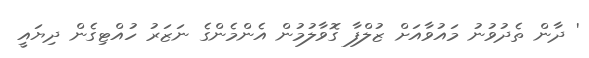
' ދާން ތެދުވުނު މައުވާއަށް ޒުލްފާ ގޮވާލުމުން އެންމެންގެ ނަޒަރު ހުއްޓިގެން ދިޔައީ